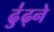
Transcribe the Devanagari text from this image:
ढु॑ढ्ने